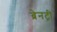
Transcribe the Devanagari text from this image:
ब्रेनट्री